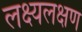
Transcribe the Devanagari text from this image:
लक्ष्यलक्षण